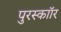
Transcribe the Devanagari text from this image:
पुरस्काॉर